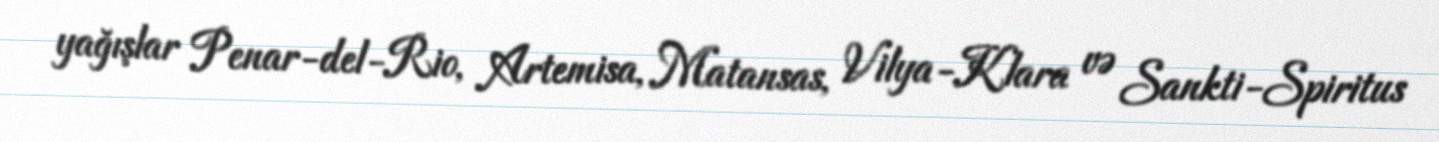
yağışlar Penar-del-Rio, Artemisa, Matansas, Vilya-Klara və Sankti-Spiritus